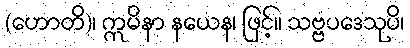
(ဟောတိ)၊ ဣမိနာ နယေန၊ ဖြင့်။ သဗ္ဗပဒေသုပိ၊